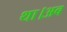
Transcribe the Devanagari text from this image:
था।अब